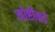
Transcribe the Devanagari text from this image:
गोष्टीकडे